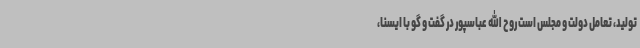
تولید، تعامل دولت و مجلس است روح الله عباسپور در گفت و گو با ایسنا،